Reports on dispensaries and lunatic asylums in the Province of Oudh - 1869-1876
Year: 1869
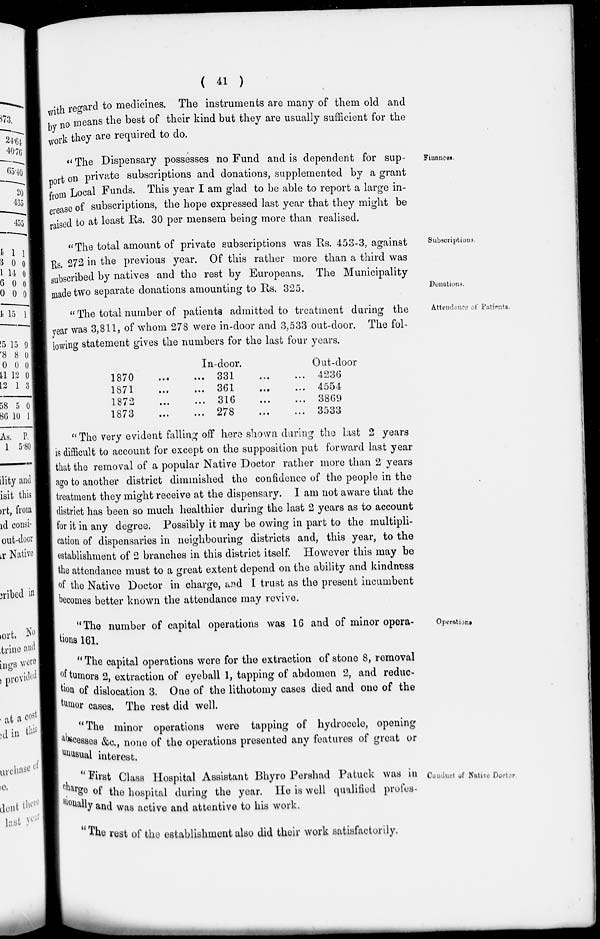
( 41 )
with regard to medicines. The instruments are many of them old and
by no means the best of their kind but they are usually sufficient for the
work they are required to do.
Finances.
" The Dispensary possesses no Fund and is dependent for sup-
port on private subscriptions and donations, supplemented by a grant
from Local Funds. This year I am glad to be able to report a large in-
crease of subscriptions, the hope expressed last year that they might be
raised to at least Rs. 30 per mensem being more than realised.
Subscriptions.
Donations.
"The total amount of private subscriptions was Rs. 453-3, against
Rs. 272 in the previous year. Of this rather more than a third was
subscribed by natives and the rest by Europeans. The Municipality
made two separate donations amounting to Rs. 325.
Attendance of Patients.
" The total number of patients admitted to treatment during the
year was 3,811, of whom 278 were in-door and 3,533 out-door. The fol-
lowing statement gives the numbers for the last four years.
In-door.
1870 ... ...
1871 ... ...
1872
...
...
1873 ... ...
331
...
...
361
... ...
316
...
...
278
...
...
Out-door
4236
4554
3869
3533
"The very evident falling off here shown during the last 2 years
is difficult to account for except on the supposition put forward last year
that the removal of a popular Native Doctor rather more than 2 years
ago to another district diminished the confidence of the people in the
treatment they might receive at the dispensary. I am not aware that the
district has been so much healthier during the last 2 years as to account
for it in any degree. Possibly it may be owing in part to the multipli-
cation of dispensaries in neighbouring districts and, this year, to the
establishment of 2 branches in this district itself. However this may be
the attendance must to a great extent depend on the ability and kindness
of the Native Doctor in charge, and I trust as the present incumbent
becomes better known the attendance may revive.
Operations
"The number of capital operations was 16 and of minor opera-
tions 161.
" The capital operations were for the extraction of stone 8, removal
of tumors 2, extraction of eyeball 1, tapping of abdomen 2, and reduc-
tion of dislocation 3. One of the lithotomy cases died and one of the
tumor cases. The rest did well.
"The minor operations were tapping of hydrocele, opening
abscesses &c., none of the operations presented any features of great or
unusual interest.
Conduct of Native Docter
''First Class Hospital Assistant Bhyro Pershad Patuck was in
charge of the hospital during the year. He is well qualified profes-
------ly
and was active and attentive to his work.
"The rest of the establishment also did their work satisfactorily.